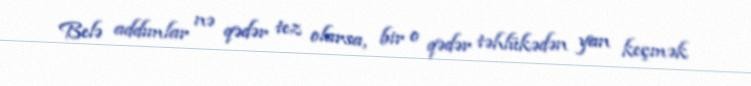
Belə addımlar nə qədər tez olarsa, bir o qədər təhlükədən yan keçmək